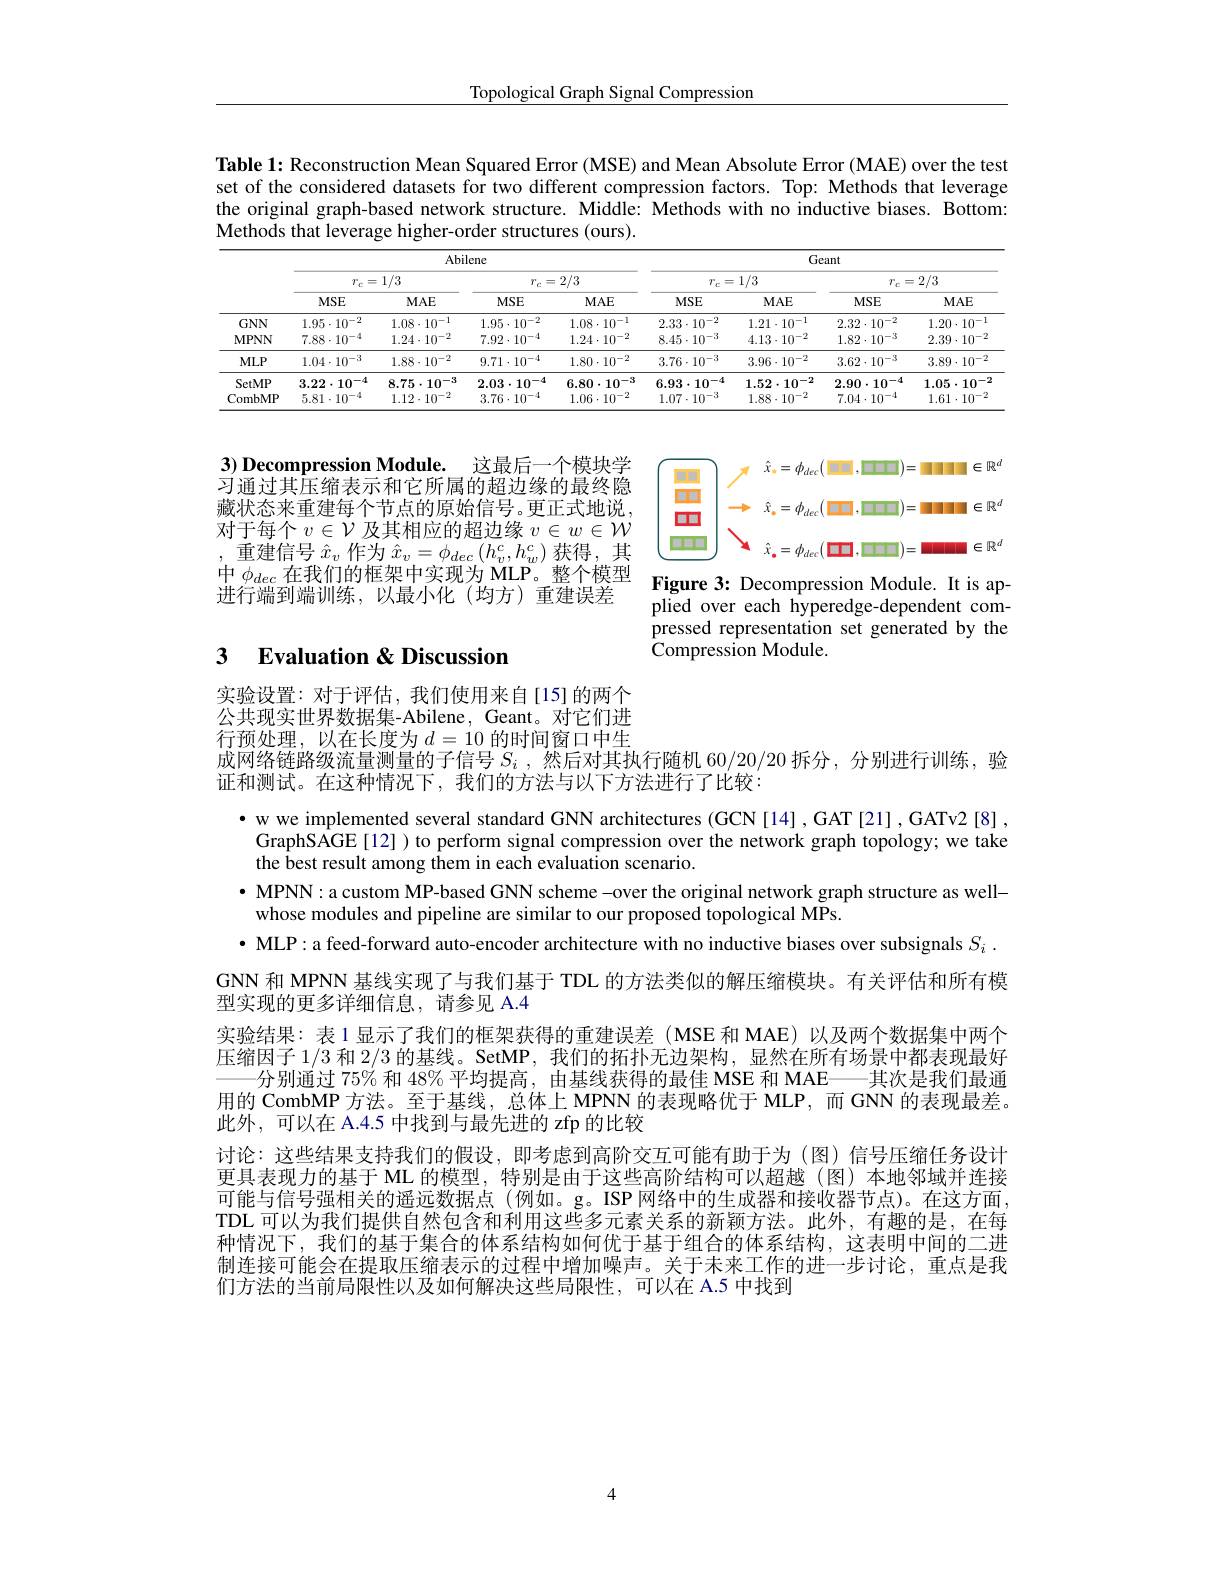
Topological Graph Signal Compression

Table 1: Reconstruction Mean Squared Error (MSE) and Mean Absolute Error (MAE) over the test set of the considered datasets for two different compression factors. Top: Methods that leverage the original graph-based network structure. Middle: Methods with no inductive biases. Bottom: Methods that leverage higher-order structures (ours).

<table>
	<tbody>
		<tr>
			<th> </th>
			<th colspan="4">Abilene</th>
			<th colspan="4">Geant</th>
		</tr>
		<tr>
			<th> </th>
			<th colspan="2">$r_{c}=1/3$</th>
			<th colspan="2">$r_{c}=2/3$</th>
			<th colspan="2">$r_{c}=1/3$</th>
			<th colspan="2">$r_{c}=2/3$</th>
		</tr>
		<tr>
			<th> </th>
			<th>$MSE$</th>
			<th>$MAE$</th>
			<th>$MSE$</th>
			<th>$MAE$</th>
			<th>$MSE$</th>
			<th>$MAE$</th>
			<th>$MSE$</th>
			<th>$MAE$</th>
		</tr>
		<tr>
			<td>$GNN$</td>
			<td>$1.95\cdot10^{-2}$</td>
			<td>$1.08\cdot10^{-1}$</td>
			<td>$1.95\cdot10^{-2}$</td>
			<td>$1.08\cdot10^{-1}$</td>
			<td>$2.33\cdot10^{-2}$</td>
			<td>$1.21\cdot10^{-1}$</td>
			<td>$2.32\cdot10^{-2}$</td>
			<td>$1.20\cdot10^{-1}$</td>
		</tr>
		<tr>
			<td>$MPNN$</td>
			<td>$7.88\cdot10^{-4}$</td>
			<td>$1.24\cdot10^{-2}$</td>
			<td>$7.92\cdot10^{-4}$</td>
			<td>$1.24\cdot10^{-2}$</td>
			<td>$8.45\cdot10^{-3}$</td>
			<td>$4.13\cdot10^{-2}$</td>
			<td>$1.82\cdot10^{-3}$</td>
			<td>$2.39\cdot10^{-2}$</td>
		</tr>
		<tr>
			<td>$MLP$</td>
			<td>$1.04\cdot10^{-3}$</td>
			<td>$1.88\cdot10^{-2}$</td>
			<td>$9.71\cdot10^{-4}$</td>
			<td>$1.80\cdot10^{-2}$</td>
			<td>$3.76\cdot10^{-3}$</td>
			<td>$3.96\cdot10^{-2}$</td>
			<td>$3.62\cdot10^{-3}$</td>
			<td>$3.89\cdot10^{-2}$</td>
		</tr>
		<tr>
			<td>SetMP</td>
			<td>$3.22\cdot10^{-4}$</td>
			<td>$8.75\cdot10^{-3}$</td>
			<td>$2.03\cdot10^{-4}$</td>
			<td>$6.80\cdot10^{-3}$</td>
			<td>$6.93\cdot10^{-4}$</td>
			<td>$1.52\cdot10^{-2}$</td>
			<td>$2.90\cdot10^{-4}$</td>
			<td>$1.05\cdot10^{-2}$</td>
		</tr>
		<tr>
			<td>CombMP</td>
			<td>$5.81\cdot10^{-4}$</td>
			<td>$1.12\cdot10^{-2}$</td>
			<td>$3.76\cdot10^{-4}$</td>
			<td>$1.06\cdot10^{-2}$</td>
			<td>$1.07\cdot10^{-3}$</td>
			<td>$1.88\cdot10^{-2}$</td>
			<td>$7.04\cdot10^{-4}$</td>
			<td>$1.61\cdot10^{-2}$</td>
		</tr>
	</tbody>
</table>

<FigureHere>
中 $\phi _{dec}$ 在 我 们 的 框 架 中 实 现 为 MLP。整 个 模 型 讲 行 端 到 湍 训 练 以 最 小 化 ( 均 方 ) 重 建 误 差Figure 3: Decompression Module. It is ap-

3) Decompression Module.
这最后一个模块学
习通过其压缩表示和它所属的超边缘的最终隐藏状态来重建每个节点的原始信号。更正式地说， 对于每个$v\in\mathcal{V}$及其相应的超边缘$v\in w\in\mathcal{W}$ ,重建信号$\hat{x}_v$作为$\hat{x}_v=\phi_dec\left(h_v^c,h_w^c\right)$获得，其进行端到端训练，以最小化(均方)重建误差

plied over each hyperedge-dependent compressed representation set generated by the $\tilde{\text{Compression Module}}.$

## 3 $\textbf{Evaluation}\&$Discussior

实验设置：对于评估，我们使用来自[15]的两个公共现实世界数据集-Abilene, Geant。对它们进行预处理，以在长度为$d=10$的时间窗口中生成网络链路级流量测量的子信号$S_i$ ,然后对其执行随机 60/20/20 拆分，分别进行训练，验
证和测试。在这种情况下，我们的方法与以下方法进行了比较：

· w we implemented several standard GNN architectures (GCN[14],GAT[21],GATv2[8],
GraphSAGE[12] ) to perform signal compression over the network graph topology; we take
the best result among them in each evaluation scenario.
$\bullet$ MPNN: a custom MP-based GNN scheme -over the original network graph structure as well-
whose modules and pipeline are similar to our proposed topological MPs.
· MLP: a feed-forward auto-encoder architecture with no inductive biases over subsignals $S_{i}$ . GNN 和 MPNN 基线实现了与我们基于 TDL 的方法类似的解压缩模块。有关评估和所有模型实现的更多详细信息，请参见 A.4
实验结果：表 1 显示了我们的框架获得的重建误差 (MSE 和 MAE)以及两个数据集中两个压缩因子1/3和 2/3 的基线。SetMP, 我们的拓扑无边架构，显然在所有场景中都表现最好
分别通过 75% 和 48% 平均提高，由基线获得的最佳 MSE 和 MAE——其次是我们最通用的 CombMP 方法。至于基线，总体上 MPNN 的表现略优于 MLP, 而 GNN 的表现最差。此外，可以在 A.4.5 中找到与最先进的 zfp 的比较
讨论：这些结果支持我们的假设，即考虑到高阶交互可能有助于为(图)信号压缩任务设计更具表现力的基于 ML 的模型，特别是由于这些高阶结构可以超越(图)本地邻域并连接可能与信号强相关的遥远数据点(例如。g。ISP 网络中的生成器和接收器节点)。在这方面， TDL 可以为我们提供自然包含和利用这些多元素关系的新颖方法。此外，有趣的是，在每种情况下，我们的基于集合的体系结构如何优于基于组合的体系结构，这表明中间的二进制连接可能会在提取压缩表示的过程中增加噪声。关于未来工作的进一步讨论，重点是我们方法的当前局限性以及如何解决这些局限性，可以在 A.5 中找到